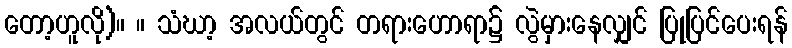
တော့ဟူလို)။ ။ သံဃာ့ အလယ်တွင် တရားဟောရာ၌ လွဲမှားနေလျှင် ပြုပြင်ပေးရန်